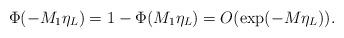
LaTeX: \begin{align*} \Phi(-M_1\eta_L) =1-\Phi(M_1\eta_L)=O(\exp(-M\eta_L)). \end{align*}